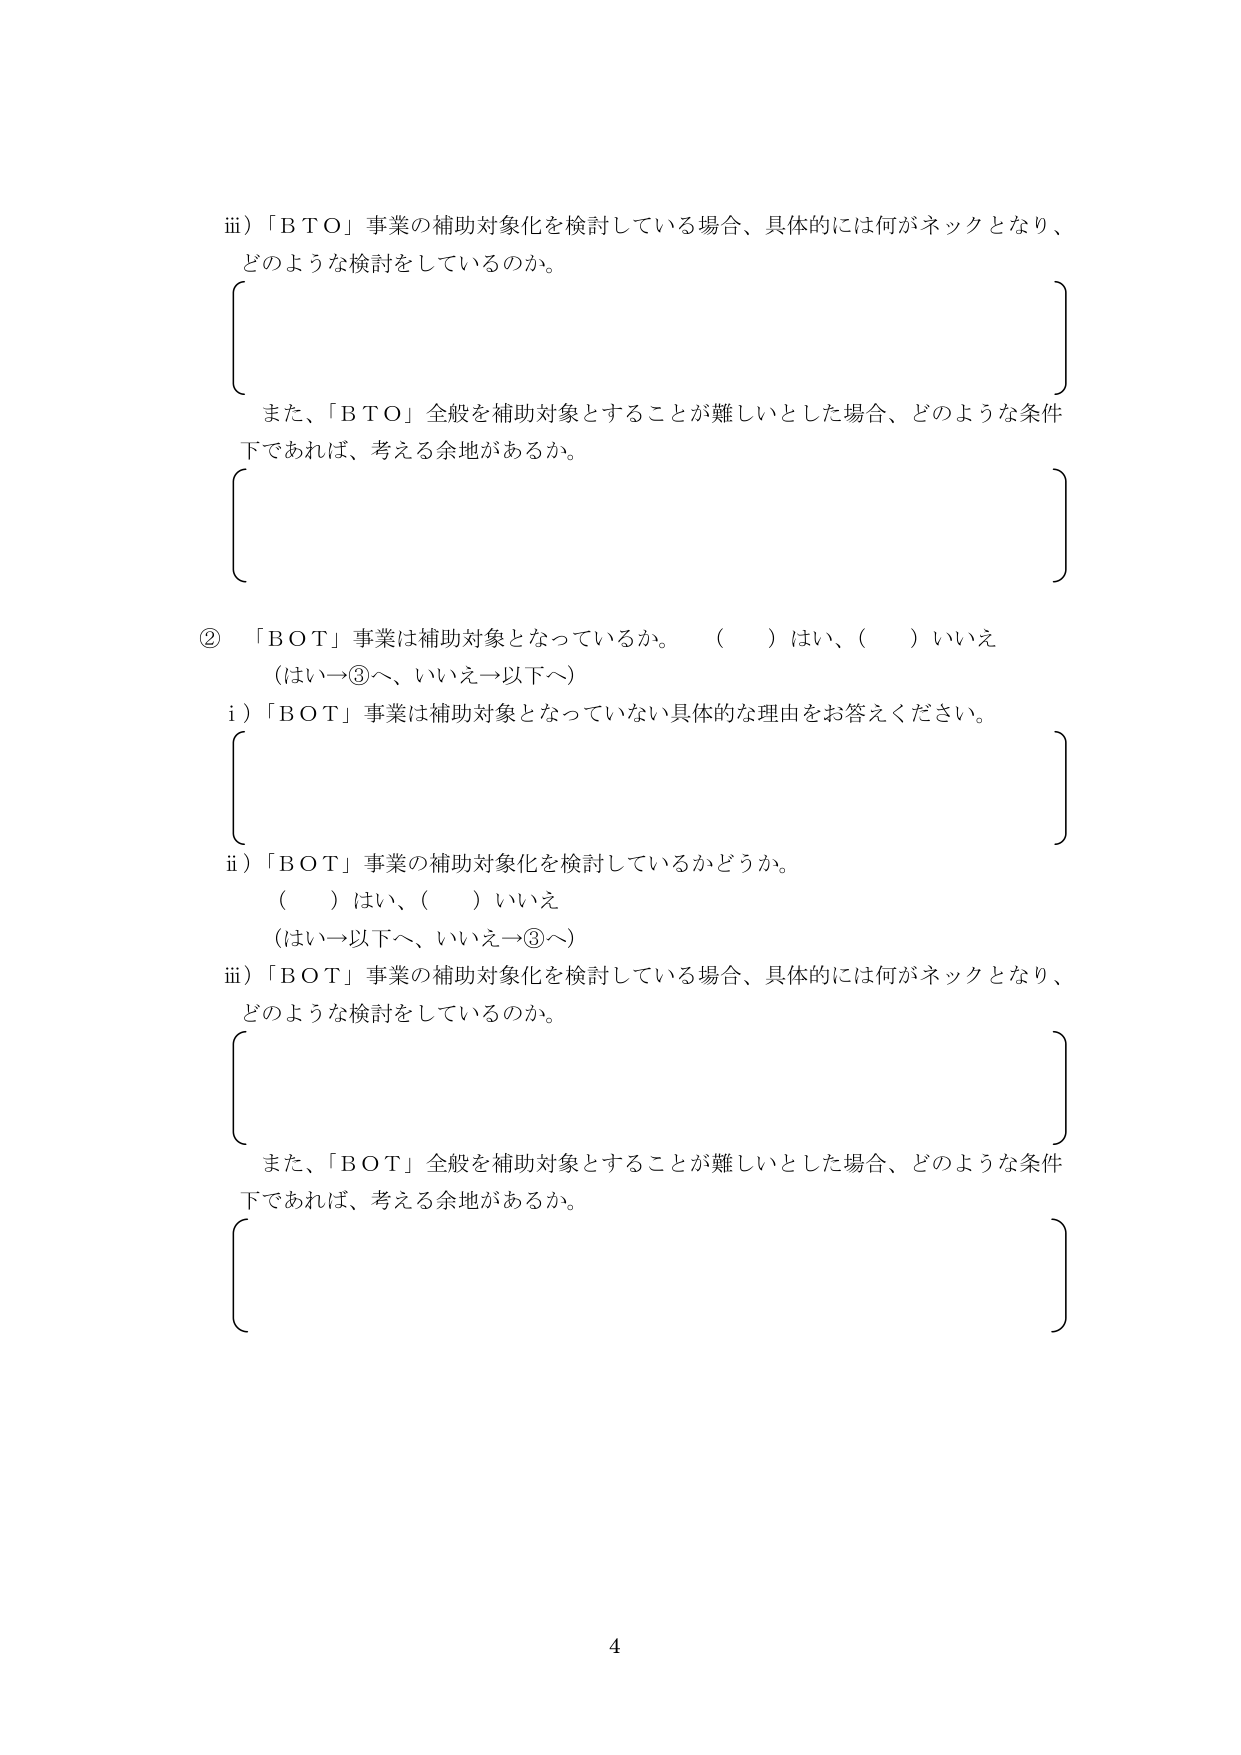
iii) 「ＢＴＯ」事業の補助対象化を検討している場合、具体的には何がネックとなり、
どのような検討をしているのか。

（空白欄）

また、「ＢＴＯ」全般を補助対象とすることが難しいとした場合、どのような条件
下であれば、考える余地があるか。

（空白欄）

② 「ＢＯＴ」事業は補助対象となっているか。 （ ）はい、（ ）いいえ
（はい→③へ、いいえ→以下へ）

i) 「ＢＯＴ」事業は補助対象となっていない具体的な理由をお答えください。

（空白欄）

ii) 「ＢＯＴ」事業の補助対象化を検討しているかどうか。
（ ）はい、（ ）いいえ
（はい→以下へ、いいえ→③へ）

iii) 「ＢＯＴ」事業の補助対象化を検討している場合、具体的には何がネックとなり、
どのような検討をしているのか。

（空白欄）

また、「ＢＯＴ」全般を補助対象とすることが難しいとした場合、どのような条件
下であれば、考える余地があるか。

（空白欄）

4